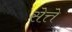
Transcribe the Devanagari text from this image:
सेत्ते